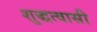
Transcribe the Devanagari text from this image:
शुद्धत्वासी